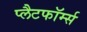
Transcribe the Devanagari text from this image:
प्लैटफॉर्म्स